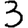
Digit: 3